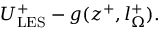
\begin{array} { r } { U _ { \mathrm { L E S } } ^ { + } - g ( z ^ { + } , l _ { \Omega } ^ { + } ) . } \end{array}